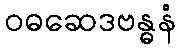
ဝဓဆေဒဗန္ဓနံ